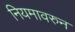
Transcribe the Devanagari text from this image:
नियमावरुन